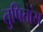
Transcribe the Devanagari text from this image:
तुषितांस